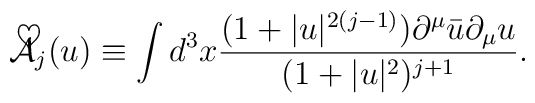
\mbox{$\cal{\tilde{A}}$}_j(u) \equiv \int d^3 x      \frac{(1+|u|^{2(j-1)})\partial^{\mu}\bar{u}\partial_{\mu}u}                               {(1+|u|^2)^{j+1}}.